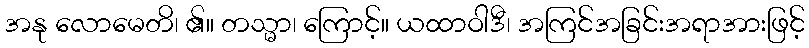
အနု လောမေတိ၊ ၏။ တသ္မာ၊ ကြောင့်။ ယထာဝါဒီ၊ အကြင်အခြင်းအရာအားဖြင့်